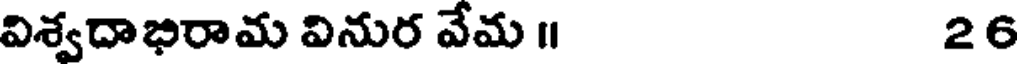
విశ్వదాభిరామ వినుర వేమ ॥ 26